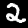
Label: 2